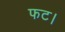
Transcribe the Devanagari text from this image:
फट।